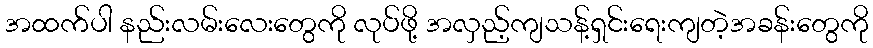
အထက်ပါ နည်းလမ်းလေးတွေကို လုပ်ဖို့ အလှည့်ကျသန့်ရှင်းရေးကျတဲ့အခန်းတွေကို